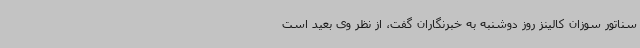
سناتور سوزان کالینز روز دوشنبه به خبرنگاران گفت، از نظر وی بعید است